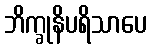
ဘိက္ခုနိပရိသာပေ